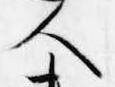
人